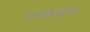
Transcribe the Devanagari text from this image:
एरकानाम